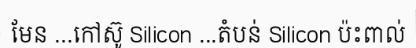
មែន ...កៅស៊ូ Silicon ...តំបន់ Silicon ប៉ះពាល់